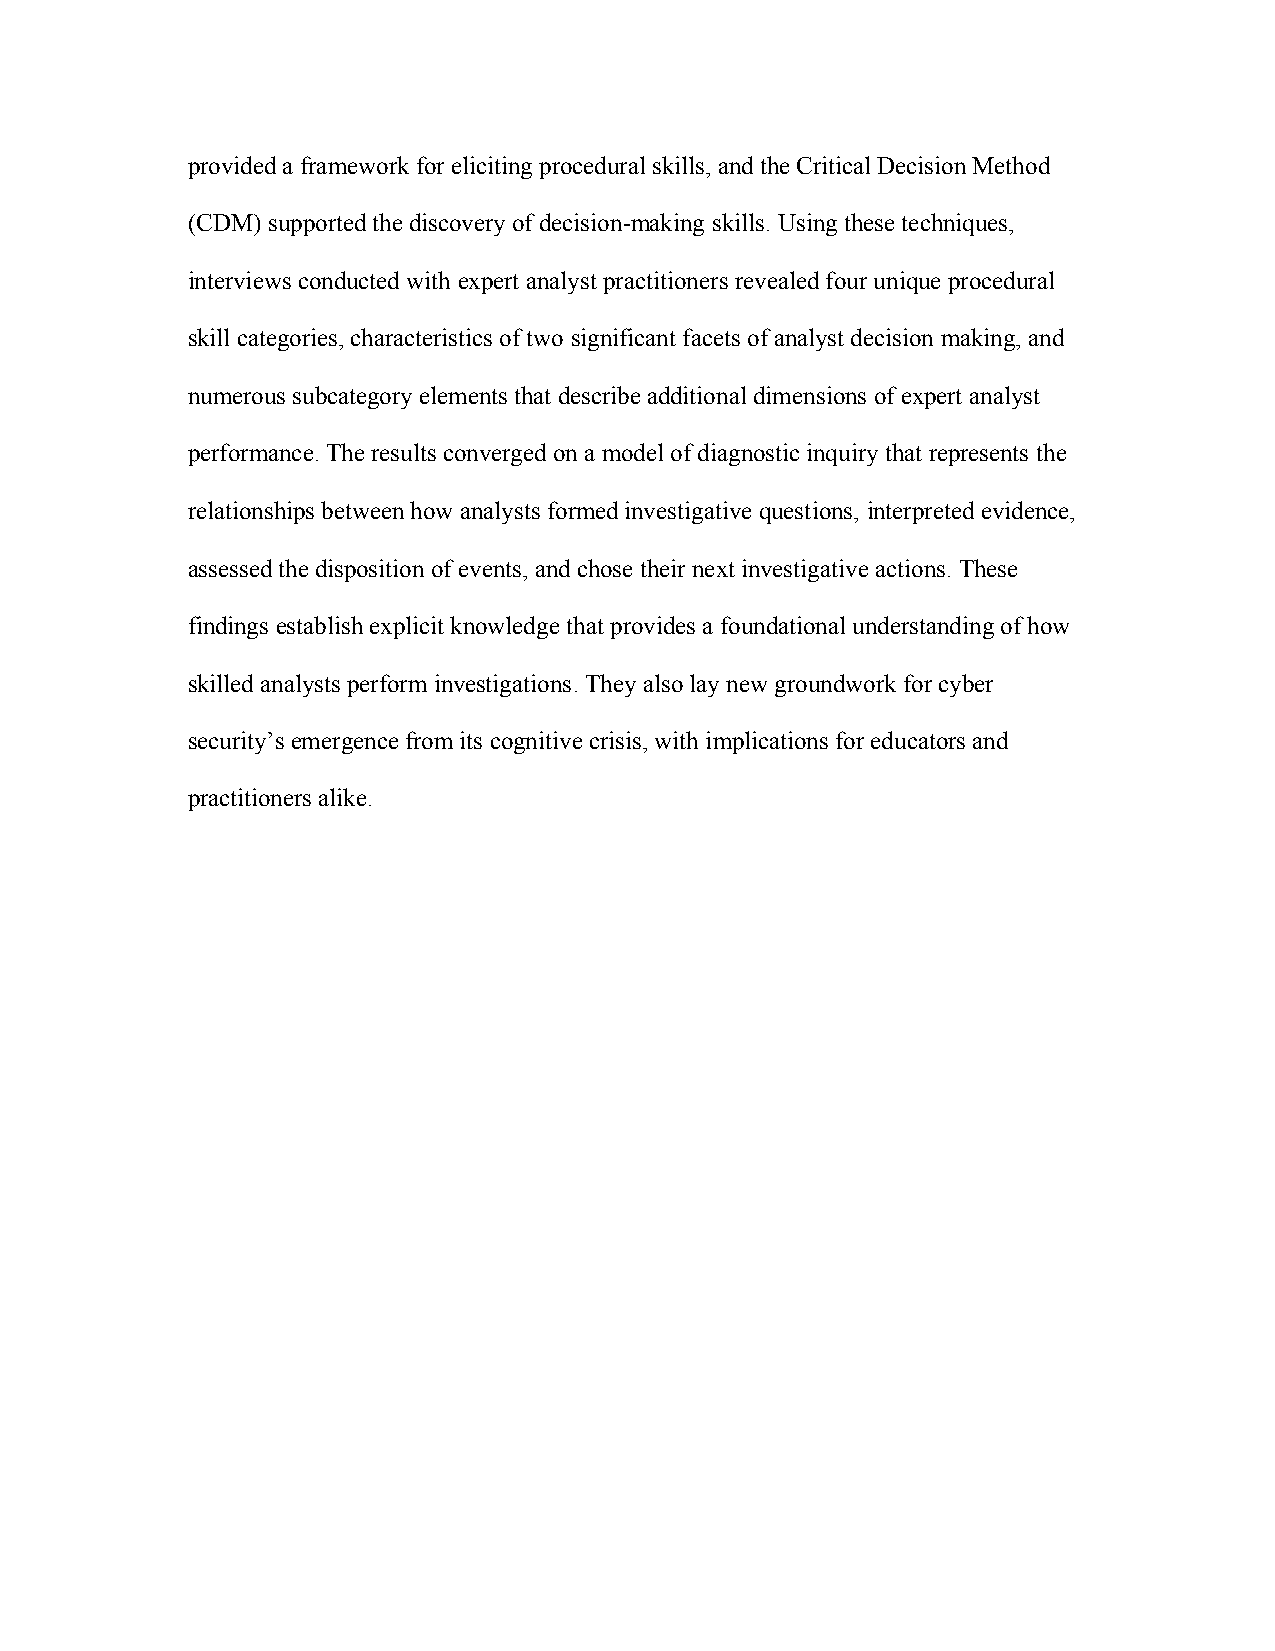
provided a framework for eliciting procedural skills, and the Critical Decision Method
 (CDM) supported the discovery of decision-making skills. Using these techniques,
 interviews conducted with expert analyst practitioners revealed four unique procedural
 skill categories, characteristics of two significant facets of analyst decision making, and
 numerous subcategory elements that describe additional dimensions of expert analyst
 performance. The results converged on a model of diagnostic inquiry that represents the
 relationships between how analysts formed investigative questions, interpreted evidence,
 assessed the disposition of events, and chose their next investigative actions. These
 findings establish explicit knowledge that provides a foundational understanding of how
 skilled analysts perform investigations. They also lay new groundwork for cyber
 security’s emergence from its cognitive crisis, with implications for educators and
 practitioners alike.